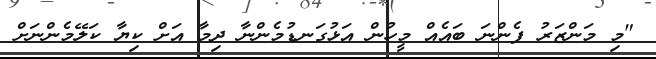
"މި މަންޒަރު ފެންނަ ބައެއް މީހުން އަޅުގަނޑުމެންނާ ދިމާ އަށް ކިޔާ ކަލޭމެންނަށް